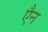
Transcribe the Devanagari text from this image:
एैन